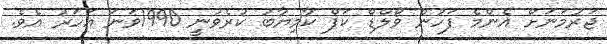
ޖަރުމަނަށް އެންމެ ފަހުން ވޯލްޑް ކަޕް ކާމިޔާބު ކުރެވުނީ 1990ވަނަ އަހަރު އެވެ.